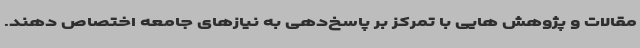
مقالات و پژوهش هایی با تمرکز بر پاسخ‌دهی به نیازهای جامعه اختصاص دهند.